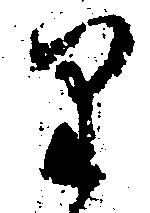
り